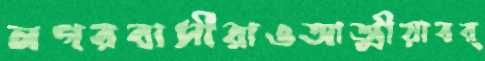
নগরবাসীরাওআত্মীয়াবর্